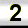
Digit: 2